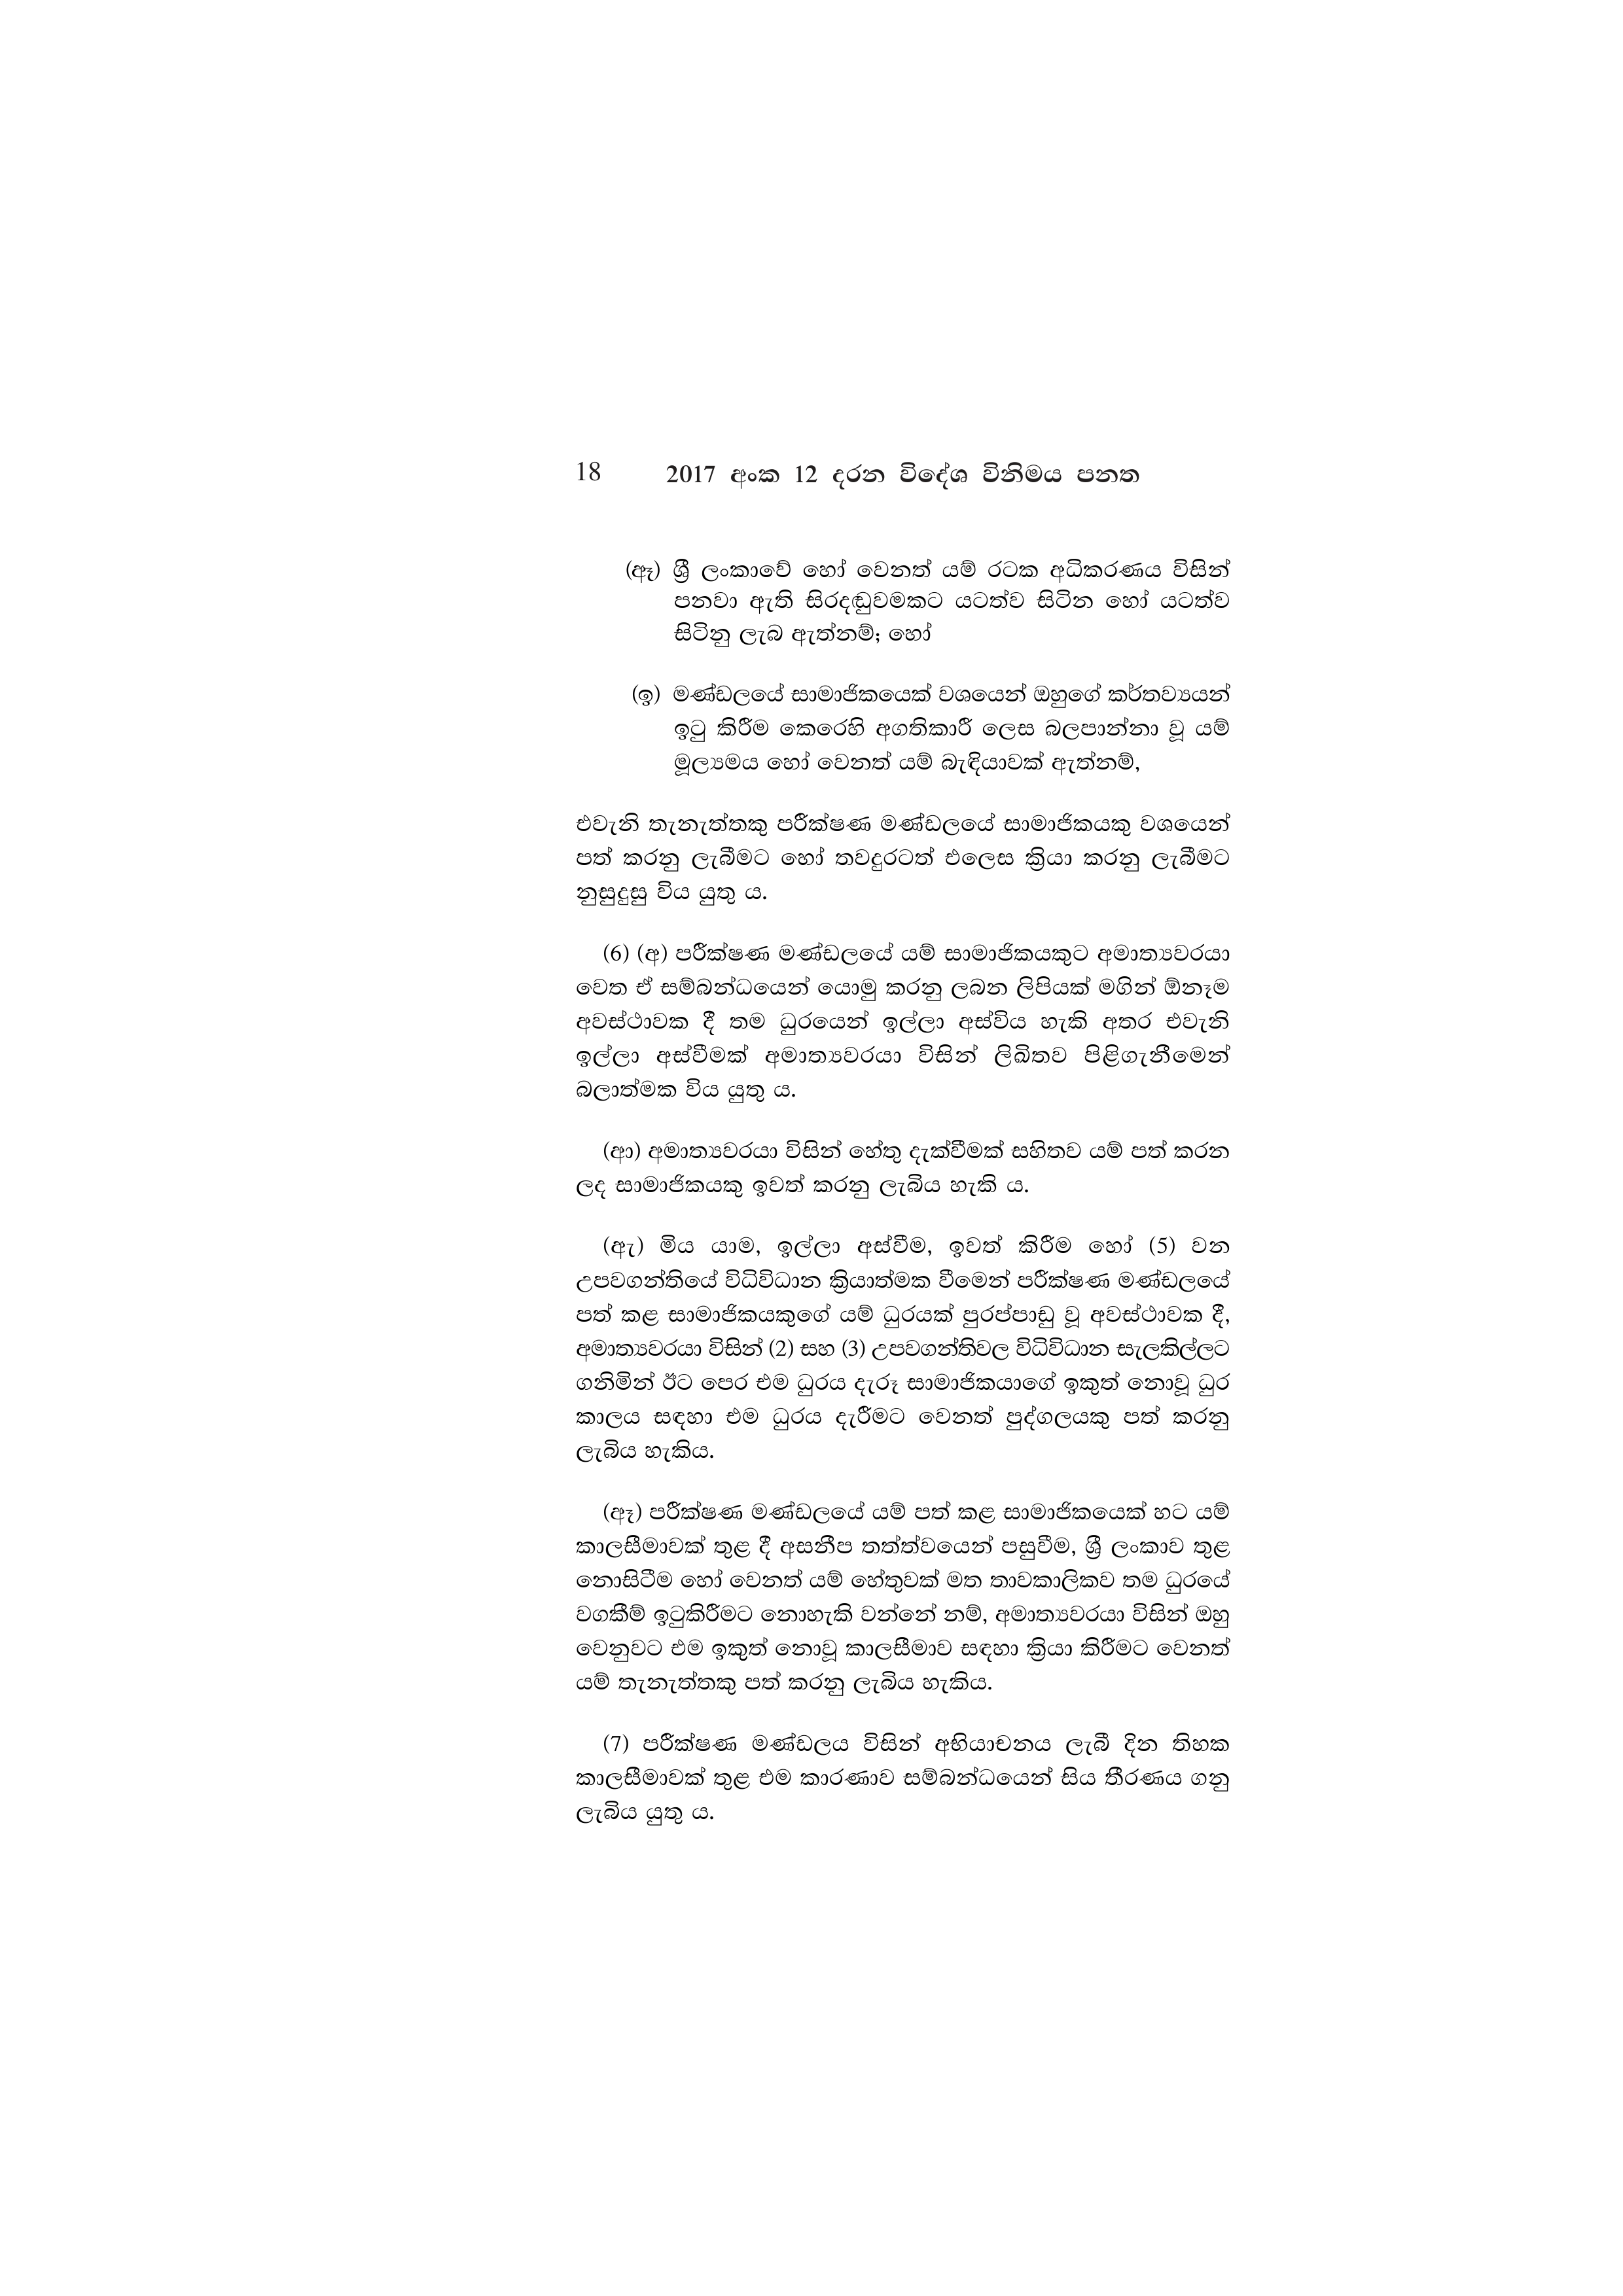
18 2017 අංක 12 දරන විදේශ විනිමය පනත

(ඈ) ශ්‍රී ලංකාවේ හෝ වෙනත් යම් රටක අධිකරණය විසින්
පනවා ඇති සිරදඬුවමකට යටත්ව සිටින හෝ යටත්ව
සිටිනු ලැබ ඇත්නම්; හෝ

(ඉ) මණ්ඩලයේ සාමාජිකයෙක් වශයෙන් ඔහුගේ කර්තව්‍යයන්
ඉටු කිරීම කෙරෙහි අගතිකාරී ලෙස බලපාන්නා වූ යම්
මූල්‍යමය හෝ වෙනත් යම් බැඳියාවක් ඇත්නම්,

එවැනි තැනැත්තකු පරීක්ෂණ මණ්ඩලයේ සාමාජිකයකු වශයෙන්
පත් කරනු ලැබීමට හෝ තවදුරටත් එලෙස ක්‍රියා කරනු ලැබීමට
නුසුදුසු විය යුතු ය.

(6) (අ) පරීක්ෂණ මණ්ඩලයේ යම් සාමාජිකයකුට අමාත්‍යවරයා
වෙත ඒ සම්බන්ධයෙන් යොමු කරනු ලබන ලිපියක් මගින් ඕනෑම
අවස්ථාවක දී තම ධුරයෙන් ඉල්ලා අස්විය හැකි අතර එවැනි
ඉල්ලා අස්වීමක් අමාත්‍යවරයා විසින් ලිඛිතව පිළිගැනීමෙන්
බලාත්මක විය යුතු ය.

(ආ) අමාත්‍යවරයා විසින් හේතු දැක්වීමක් සහිතව යම් පත් කරන
ලද සාමාජිකයකු ඉවත් කරනු ලැබිය හැකි ය.

(ඇ) මිය යාම, ඉල්ලා අස්වීම, ඉවත් කිරීම හෝ (5) වන
උපවගන්තියේ විධිවිධාන ක්‍රියාත්මක වීමෙන් පරීක්ෂණ මණ්ඩලයේ
පත් කළ සාමාජිකයකුගේ යම් ධුරයක් පුරප්පාඩු වූ අවස්ථාවක දී,
අමාත්‍යවරයා විසින් (2) සහ (3) උපවගන්තිවල විධිවිධාන සැලකිල්ලට
ගනිමින් ඊට පෙර එම ධුරය දැරූ සාමාජිකයාගේ ඉකුත් නොවූ ධුර
කාලය සඳහා එම ධුරය දැරීමට වෙනත් පුද්ගලයකු පත් කරනු
ලැබිය හැකිය.

(ඈ) පරීක්ෂණ මණ්ඩලයේ යම් පත් කළ සාමාජිකයෙක් හට යම්
කාලසීමාවක් තුළ දී අසනීප තත්වයෙන් පසුවීම, ශ්‍රී ලංකාව තුළ
නොසිටීම හෝ වෙනත් යම් හේතුවක් මත තාවකාලිකව තම ධුරයේ
වගකීම් ඉටුකිරීමට නොහැකි වන්නේ නම්, අමාත්‍යවරයා විසින් ඔහු
වෙනුවට එම ඉකුත් නොවූ කාලසීමාව සඳහා ක්‍රියා කිරීමට වෙනත්
යම් තැනැත්තකු පත් කරනු ලැබිය හැකිය.

(7) පරීක්ෂණ මණ්ඩලය විසින් අභියාචනය ලැබී දින තිහක
කාලසීමාවක් තුළ එම කාරණාව සම්බන්ධයෙන් සිය තීරණය ගනු
ලැබිය යුතු ය.